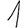
Digit: 1